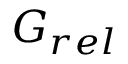
\boldsymbol { G } _ { r e l }